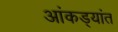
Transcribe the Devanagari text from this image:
आंकड्यांत